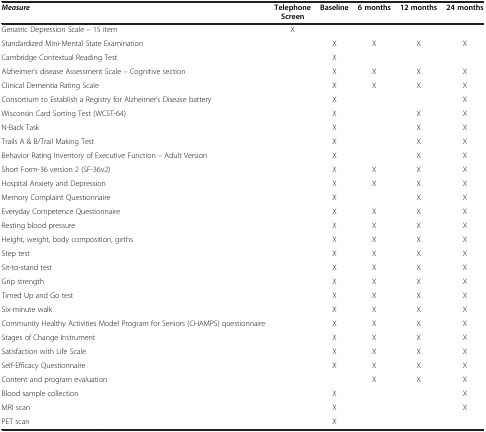
| Measure | Telephone Screen | Baseline | 6 months | 12 months | 24 months |
 | --- | --- | --- | --- | --- | --- |
 | Geriatric Depression Scale – 15 item | X |  |  |  |  |
 | Standardized Mini-Mental State Examination |  | X | X | X | X |
 | Cambridge Contextual Reading Test |  | X |  |  |  |
 | Alzheimer’s disease Assessment Scale – Cognitive section |  | X | X | X | X |
 | Clinical Dementia Rating Scale |  | X | X | X | X |
 | Consortium to Establish a Registry for Alzheimer’s Disease battery |  | X |  |  | X |
 | Wisconsin Card Sorting Test (WCST-64) |  | X |  | X | X |
 | N-Back Task |  | X |  | X | X |
 | Trails A & B/Trail Making Test |  | X |  | X | X |
 | Behavior Rating Inventory of Executive Function – Adult Version |  | X |  | X | X |
 | Short Form-36 version 2 (SF-36v2) |  | X | X | X | X |
 | Hospital Anxiety and Depression |  | X | X | X | X |
 | Memory Complaint Questionnaire |  | X |  | X | X |
 | Everyday Competence Questionnaire |  | X | X | X | X |
 | Resting blood pressure |  | X | X | X | X |
 | Height, weight, body composition, girths |  | X | X | X | X |
 | Step test |  | X | X | X | X |
 | Sit-to-stand test |  | X | X | X | X |
 | Grip strength |  | X | X | X | X |
 | Timed Up and Go test |  | X | X | X | X |
 | Six-minute walk |  | X | X | X | X |
 | Community Healthy Activities Model Program for Seniors (CHAMPS) questionnaire |  | X | X | X | X |
 | Stages of Change Instrument |  | X | X | X | X |
 | Satisfaction with Life Scale |  | X | X | X | X |
 | Self-Efficacy Questionnaire |  | X | X | X | X |
 | Content and program evaluation |  |  | X | X | X |
 | Blood sample collection |  | X |  |  | X |
 | MRI scan |  | X |  |  | X |
 | PET scan |  | X |  |  |  |